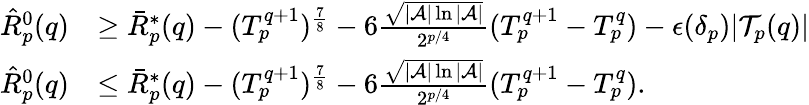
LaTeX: \begin{array}{rl}{\hat{R}_{p}^{0}(q)}&{\geq\bar{R}_{p}^{*}(q)-(T_{p}^{q+1})^{\frac{7}{8}}-6\frac{\sqrt{|\mathcal{A}|\ln|\mathcal{A}|}}{2^{p/4}}(T_{p}^{q+1}-T_{p}^{q})-\epsilon(\delta_{p})|\mathcal{T}_{p}(q)|}\\ {\hat{R}_{p}^{0}(q)}&{\leq\bar{R}_{p}^{*}(q)-(T_{p}^{q+1})^{\frac{7}{8}}-6\frac{\sqrt{|\mathcal{A}|\ln|\mathcal{A}|}}{2^{p/4}}(T_{p}^{q+1}-T_{p}^{q}).}\end{array}